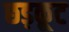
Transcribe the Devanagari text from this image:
छड़कूट